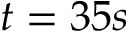
t = 3 5 s